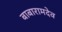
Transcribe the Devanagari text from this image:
बाबारामदेव